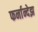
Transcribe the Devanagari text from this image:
फर्नान्देझ